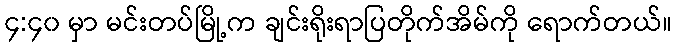
၄:၄၀ မှာ မင်းတပ်မြို့က ချင်းရိုးရာပြတိုက်အိမ်ကို ရောက်တယ်။